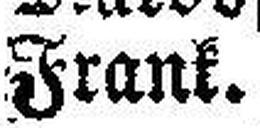
Frank.